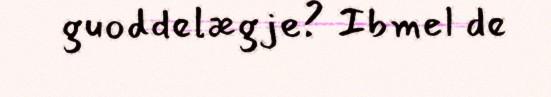
guoddelægje? Ibmel de